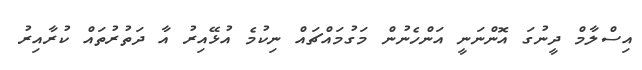
އިސްލާމް ދީނުގަ އޮންނަނީ އަންހެނުން މަގުމައްޗައް ނިކުމެ އުޅޭއިރު އާ ދަތުރުތައް ކުރާއިރު